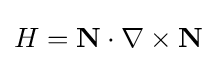
H=\mathbf {N} \cdot \nabla \times \mathbf {N}